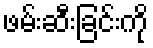
ဖမ်းဆီးခြင်းကို